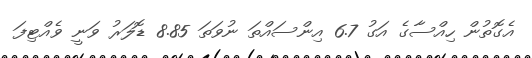
އެގޮތުން ހިއްސާގެ އަގު 6.7 އިންސައްތަ ނުވަތަ 8.85 ޑޮލަރު ވަނީ ވެއްޓިފަ